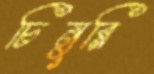
চিনুরি